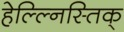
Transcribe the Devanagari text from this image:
हेल्ल्निस्तिक्